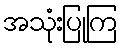
အသုံးပြုကြ